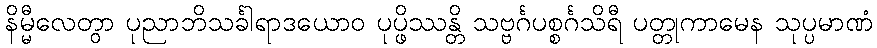
နိမ္မီလေတွာ ပုညာဘိသင်္ခါရာဒယောဝ ပုပ္ဖိဿန္တိ သဗ္ဗင်္ဂပစ္စင်္ဂသိရီ ပတ္တုကာမေန သုပ္ပမာဏံ